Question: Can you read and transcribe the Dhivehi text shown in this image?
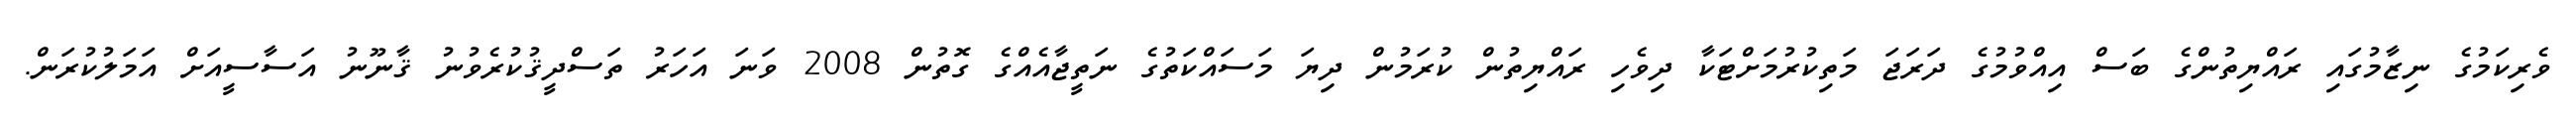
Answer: ވެރިކަމުގެ ނިޒާމުގައި ރައްޔިތުންގެ ބަސް އިއްވުމުގެ ދަރަޖަ މަތިކުރުމަށްޓަކާ ދިވެހި ރައްޔިތުން ކުރަމުން ދިޔަ މަސައްކަތުގެ ނަތީޖާއެއްގެ ގޮތުން 2008 ވަނަ އަހަރު ތަސްދީޤުކުރެވުނު ޤާނޫނު އަސާސީއަށް އަމަލުކުރަން.